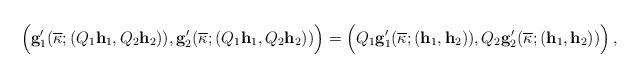
LaTeX: \begin{align*}\Big({\bf g}'_1(\overline{\kappa};(Q_1{\bf h}_1,Q_2{\bf h}_2)),{\bf g}'_2(\overline{\kappa};(Q_1{\bf h}_1,Q_2{\bf h}_2))\Big)=\Big(Q_1{\bf g}'_1(\overline{\kappa};({\bf h}_1,{\bf h}_2)),Q_2{\bf g}'_2(\overline{\kappa};({\bf h}_1,{\bf h}_2))\Big)\,,\end{align*}